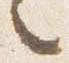
々